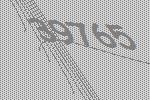
39765